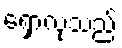
ရှောလုသည်